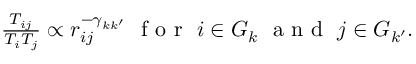
\begin{array} { r } { \frac { T _ { i j } } { T _ { i } T _ { j } } \propto r _ { i j } ^ { - \gamma _ { k k ^ { \prime } } } \ \textrm { f o r } \ i \in G _ { k } \ \textrm { a n d } \ j \in G _ { k ^ { \prime } } . } \end{array}